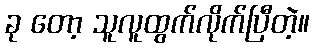
ခု တော့ သူလူထွက်လိုက်ပြီတဲ့။